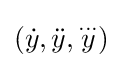
({\dot {y}},{\ddot {y}},{\overset {...}{y}})